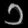
Digit: ၁